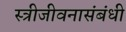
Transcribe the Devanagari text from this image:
स्त्रीजीवनासंबंधी